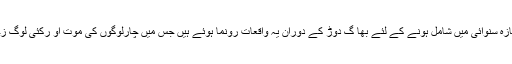
این آر سی کی تازہ سنوائی میں شامل ہونے کے لئے بھا گ دوڑ کے دوران یہ واقعات رونما ہوئے ہیں جس میں چارلوگوں کی موت او رکئی لوگ زخمی ہوئے ہیں۔